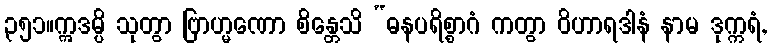
၃၅၁။ဣဒမ္ပိ သုတွာ ဗြာဟ္မဏော စိန္တေသိ “ဓနပရိစ္စာဂံ ကတွာ ဝိဟာရဒါနံ နာမ ဒုက္ကရံ,